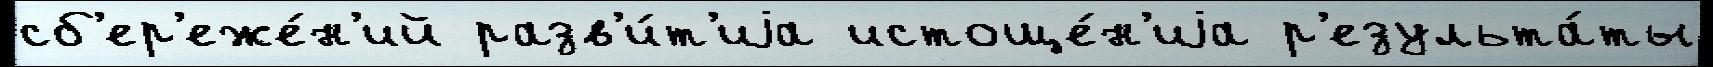
сб'ер'еже́н'ий разв'и́т'иjа истоще́н'иjа р'езульта́ты